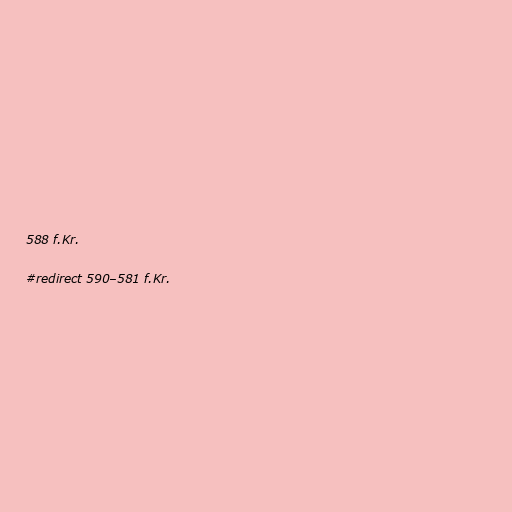
588 f.Kr.

#redirect 590–581 f.Kr.